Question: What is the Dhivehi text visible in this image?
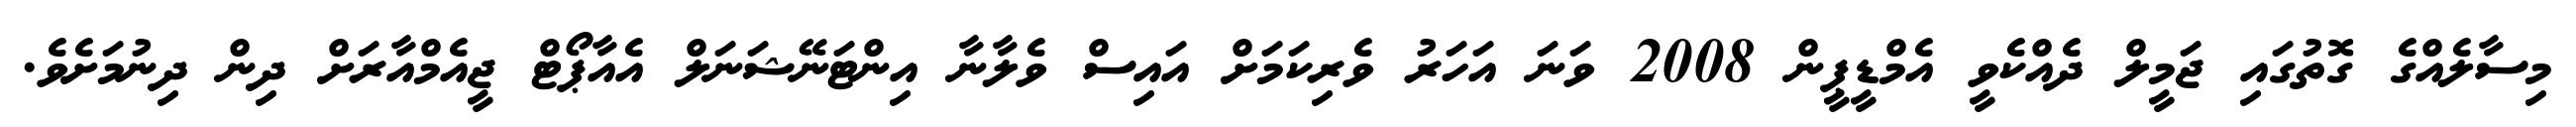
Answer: މިސާލެއްގެ ގޮތުގައި ޖަމީލް ދެއްކެވީ އެމްޑީޕީން 2008 ވަނަ އަހަރު ވެރިކަމަށް އައިސް ވެލާނާ އިންޓަނޭޝަނަލް އެއާޕޯޓް ޖީއެމްއާރަށް ދިން ދިނުމަށެވެ.